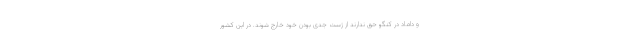
و داماد در کنگو حق ندارند از ژست جدی بودن خود خارج شوند. در این کشور